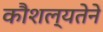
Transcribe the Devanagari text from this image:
कौशल्यतेने